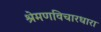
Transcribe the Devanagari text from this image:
श्रेमणविचारधारा